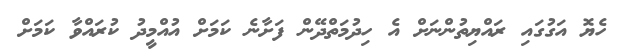
ހެޔޮ އަގުގައި ރައްޔިތުންނަށް އެ ހިދުމަތްދޭން ފަށާނެ ކަމަށް އުއްމީދު ކުރައްވާ ކަމަށް